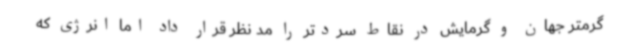
گرمتر جهان و گرمایش در نقاط سردتر را مد نظر قرار داد اما انرژی که